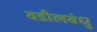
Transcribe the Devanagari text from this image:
वडीलबंधु